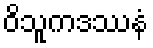
ဝိသူကဒဿနံ